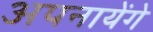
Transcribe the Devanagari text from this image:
अपनायेंगे